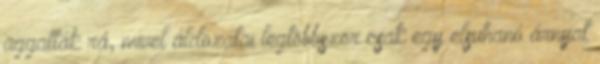
aggatták rá, mivel áldozatai legtöbbször csak egy elsuhanó árnyat